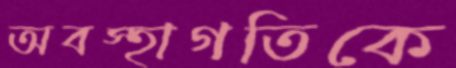
অবস্হাগতিকে